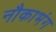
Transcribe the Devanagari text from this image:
नौकाभंग